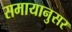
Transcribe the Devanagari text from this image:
समायानुसर